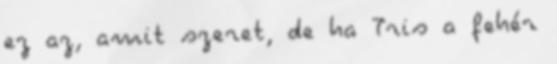
ez az, amit szeret, de ha Tris a fehér